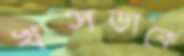
খসড়াকে